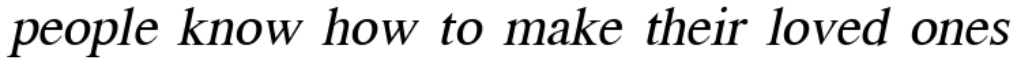
people know how to make their loved ones